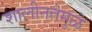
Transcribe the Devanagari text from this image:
शालीनतेमुळे